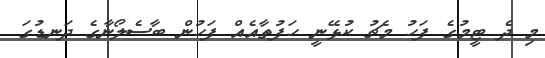
މި ދެ ޓީމުގެ ފަހު މެޗު ކުޅޭނީ ހަފުތާއެއް ފަހުން ބާސެލޯނާގެ ދަނޑުގަ